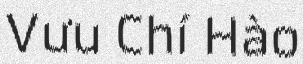
Vưu Chí Hào